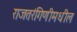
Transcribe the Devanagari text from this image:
राजतरंगिणीमधील